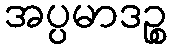
အပ္ပမာဒဉ္စ